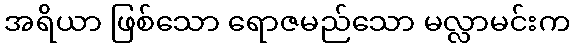
အရိယာ ဖြစ်သော ရောဇမည်သော မလ္လာမင်းက